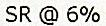
SR @ 6%